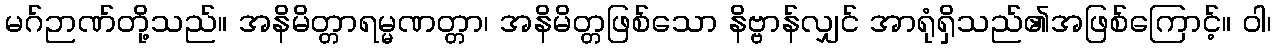
မဂ်ဉာဏ်တို့သည်။ အနိမိတ္တာရမ္မဏတ္တာ၊ အနိမိတ္တဖြစ်သော နိဗ္ဗာန်လျှင် အာရုံရှိသည်၏အဖြစ်ကြောင့်။ ဝါ၊